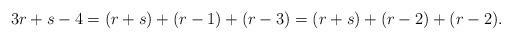
LaTeX: \begin{align*}3r+s-4 = (r+s) + (r-1) + (r-3) = (r+s) + (r-2) + (r-2) .\end{align*}